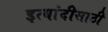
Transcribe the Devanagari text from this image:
इत्यांदीसाठी